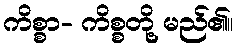
ကိစ္စာ- ကိစ္စတို့ မည်၏။